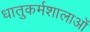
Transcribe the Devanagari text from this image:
धातुकर्मशालाओं